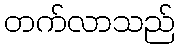
တက်လာသည်